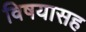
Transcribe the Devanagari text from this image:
विषयासह